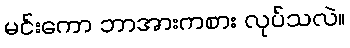
မင်းကော ဘာအားကစား လုပ်သလဲ။